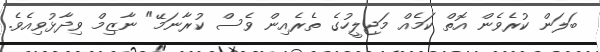
ބަލަން ކުރެވެން އޮތް ކަމެއް މަޖިލީހުގެ ތެރެއިން ވެސް ކުރާނަމޭ" ނާޒިމް ވިދާޅުވިއެވެ.